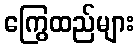
ကြွေထည်များ